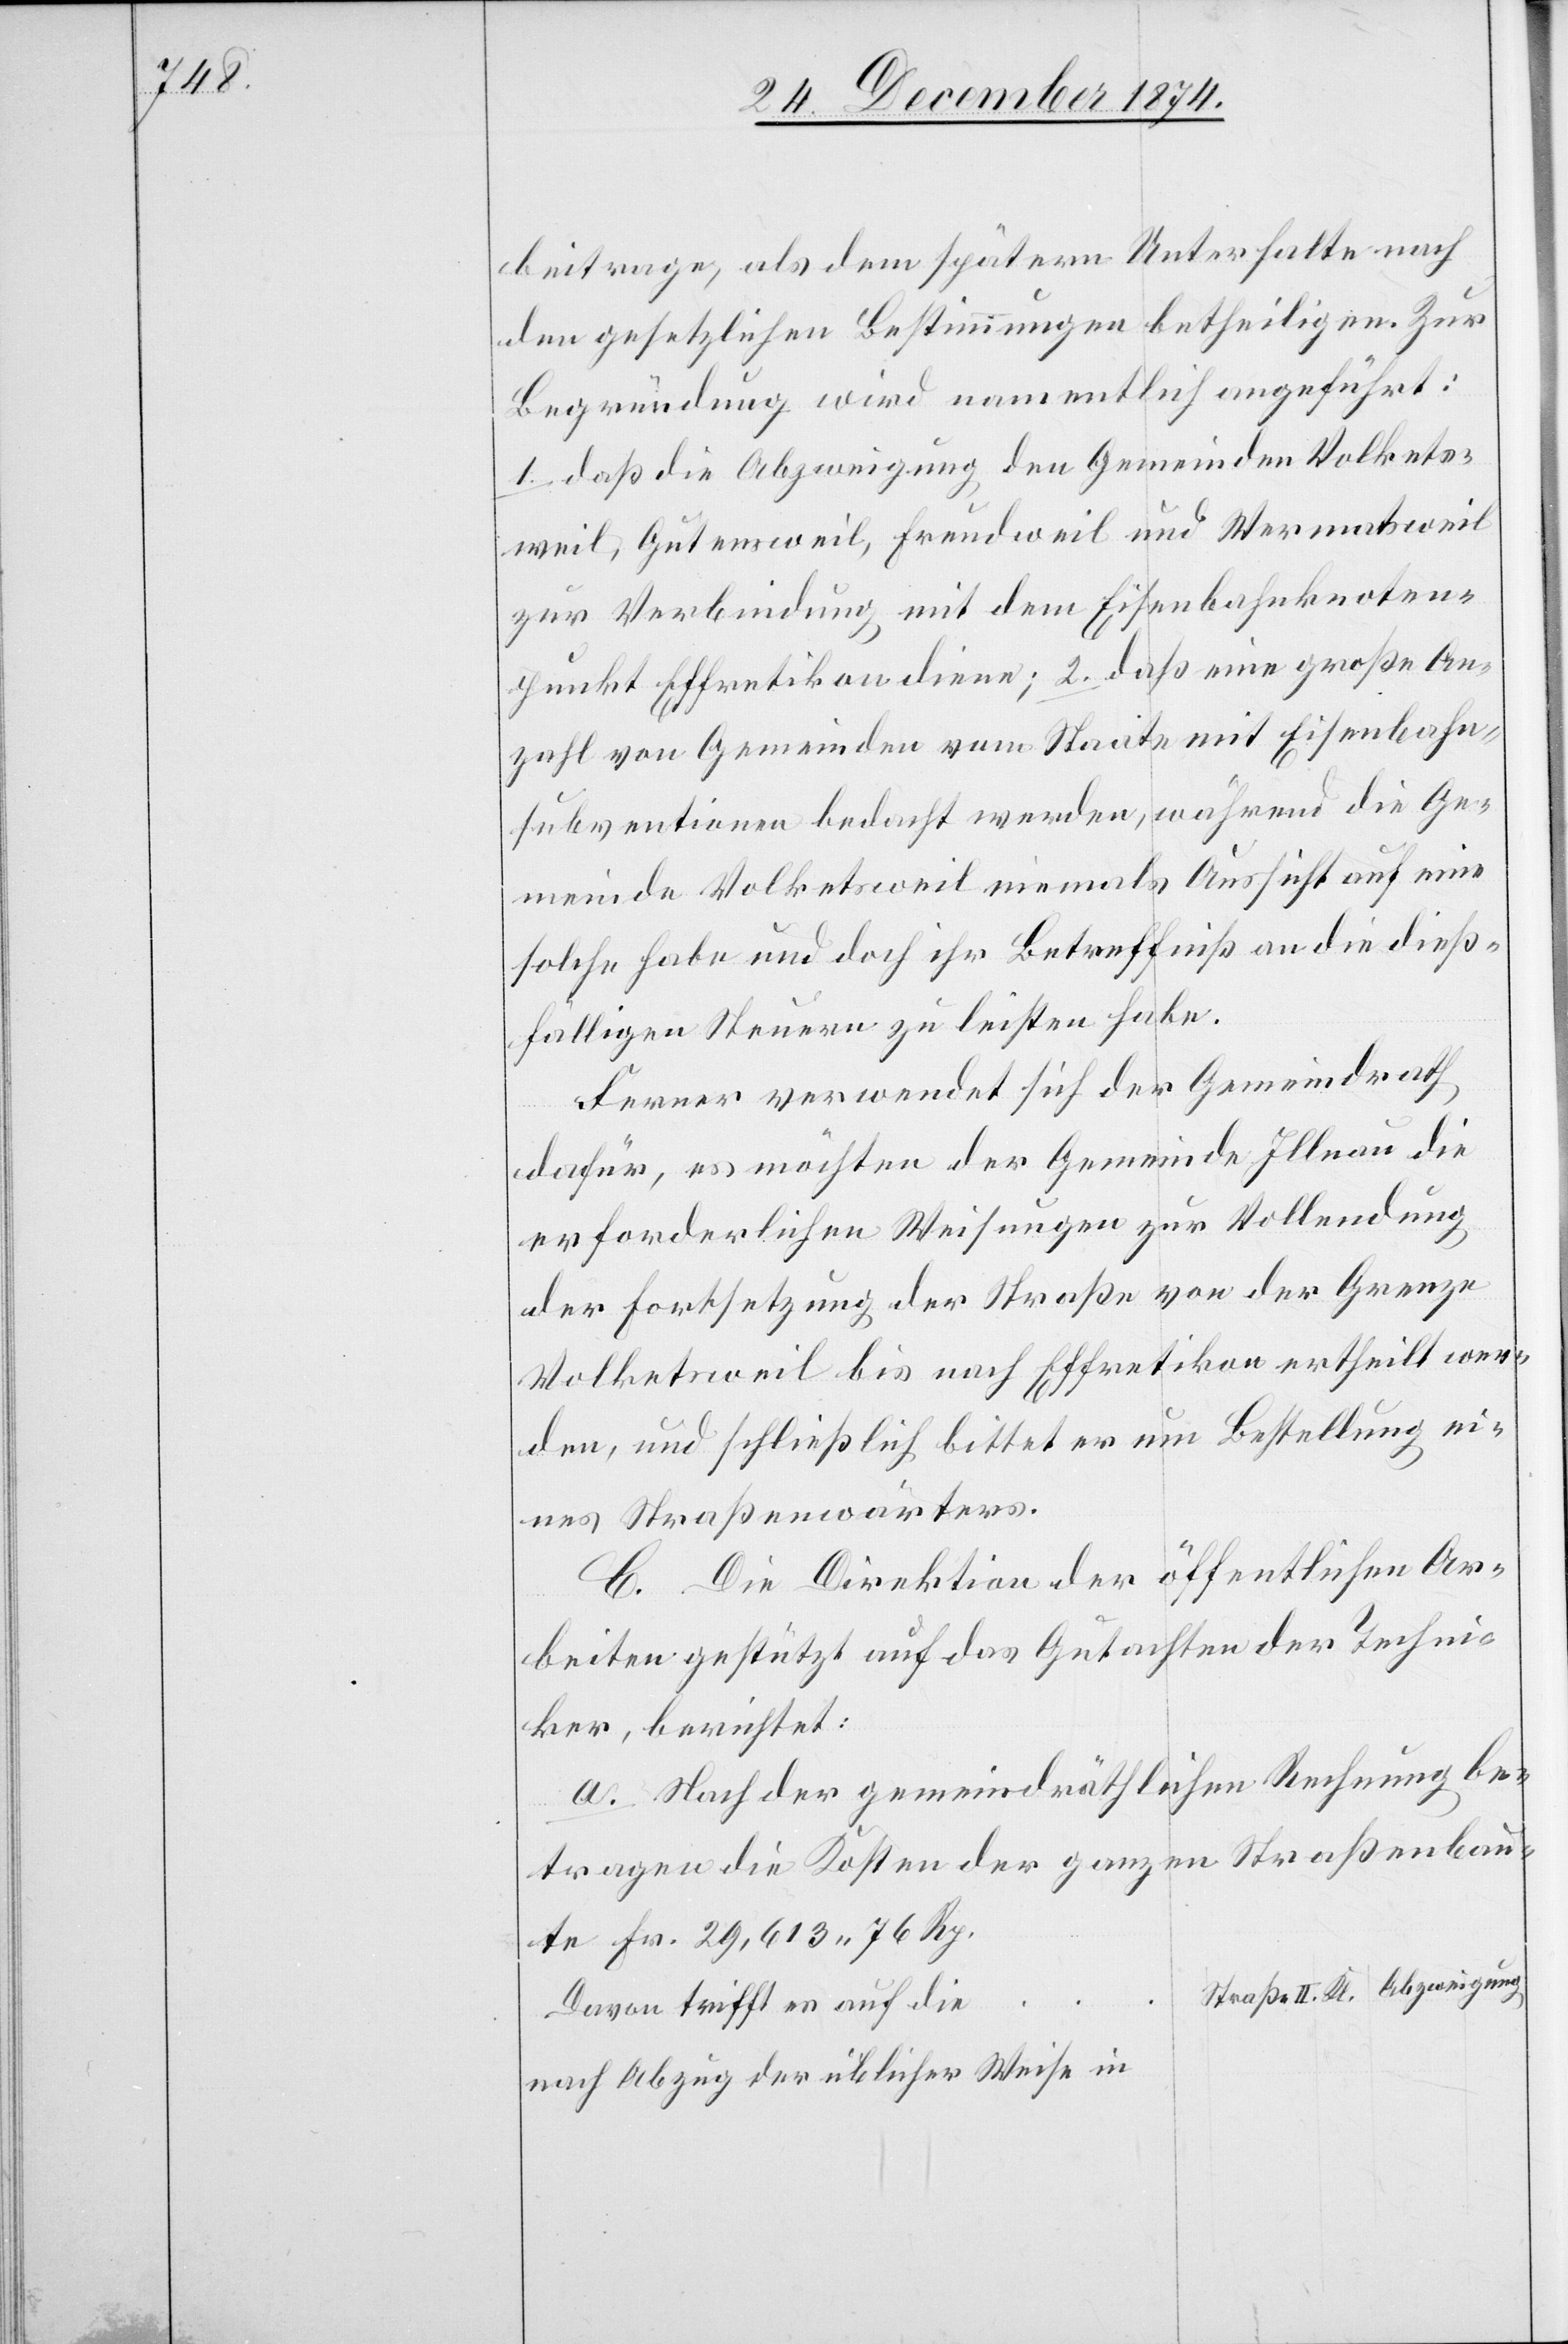
beitrage, als dem spätern Unterhalte nach
den gesetzlichen Bestimmungen betheiligen. Zur
Begründung wird namentlich angeführt:
1. daß die Abzweigung der Gemeinde Volketsweil
zur Verbindung mit dem Eisenbahnknoten¬
punkt Effretikon diene; 2. daß eine große An¬
zahl von Gemeinden vom Staate mit Eisenbahn¬
subventionen bedacht werden, während die Ge¬
meinde Volketsweil niemals Aussicht auf eine
solche habe und doch ihre Betreffniß an die dieß¬
fälligen Steuern zu leisten habe.
Ferner verwendet sich der Gemeindrath
dafür, es möchten der Gemeinde Illnau die
erforderlichen Weisungen zur Vollendung
der Fortsetzung der Straße von der Grenze
Volketsweil bis nach Effretikon ertheilt wer¬
den, und schließlich bittet er um Bestellung ei¬
nes Straßenwärters.
C. Die Direktion der öffentlichen Ar¬
beiten gestützt auf das Gutachten der Techni¬
ker, berichtet:
a. Nach der gemeindräthlichen Rechnung be¬
tragen die Kosten der ganzen Straßenbau¬
te Fr. 29,613. 76 Rp.
Davon trifft es auf die
nach Abzug der üblicher Weise in